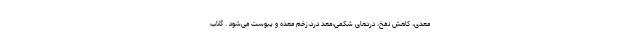
معدی، کاهش نفخ، دردهای شکمی،معد درد،زخم معده و یبوست می‌شود . گلاب